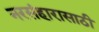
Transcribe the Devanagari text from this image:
नरसंहारासाठी